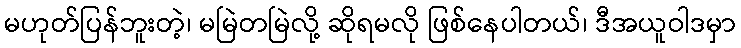
မဟုတ်ပြန်ဘူးတဲ့၊ မမြဲတမြဲလို့ ဆိုရမလို ဖြစ်နေပါတယ်၊ ဒီအယူဝါဒမှာ